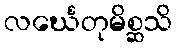
လင်္ဃေတုမိစ္ဆသိ